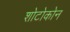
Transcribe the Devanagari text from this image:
शोटोकोन